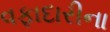
વફાદારીના